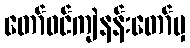
တော်ဝင်ကျဲနန်းတော်မှ